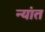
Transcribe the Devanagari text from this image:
न्यांत